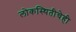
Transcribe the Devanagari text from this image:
लोकस्थितीचेही